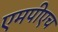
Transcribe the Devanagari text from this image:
एमपीएच